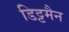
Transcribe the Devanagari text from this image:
डिट्टमैन